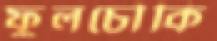
ফুলচৌকি